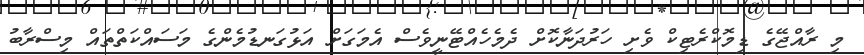
މި ރާއްޖޭގެ ޑިމޮކްރެޓިކް ވެށި ހަރުދަނާކޮށް ދެމެހެއްޓޭނީވެސް އެމަގަށް އަޅުގަނޑުމެންގެ މަސައްކަތްތައް މިސްރާބު